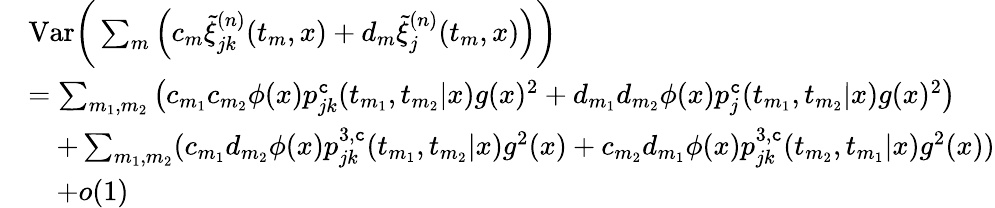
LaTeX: \begin{array}{rl}&{\mathrm{Var}\bigg(\sum_{m}\Big(c_{m}\tilde{\xi}_{jk}^{(n)}(t_{m},x)+d_{m}\tilde{\xi}_{j}^{(n)}(t_{m},x)\Big)\bigg)}\\ &{=\sum_{m_{1},m_{2}}\big(c_{m_{1}}c_{m_{2}}\phi(x)p_{jk}^{\texttt{c}}(t_{m_{1}},t_{m_{2}}|x)g(x)^{2}+d_{m_{1}}d_{m_{2}}\phi(x)p_{j}^{\texttt{c}}(t_{m_{1}},t_{m_{2}}|x)g(x)^{2}\big)}\\ &{\quad+\sum_{m_{1},m_{2}}(c_{m_{1}}d_{m_{2}}\phi(x)p_{jk}^{3,\texttt{c}}(t_{m_{1}},t_{m_{2}}|x)g^{2}(x)+c_{m_{2}}d_{m_{1}}\phi(x)p_{jk}^{3,\texttt{c}}(t_{m_{2}},t_{m_{1}}|x)g^{2}(x))}\\ &{\quad+o(1)}\end{array}